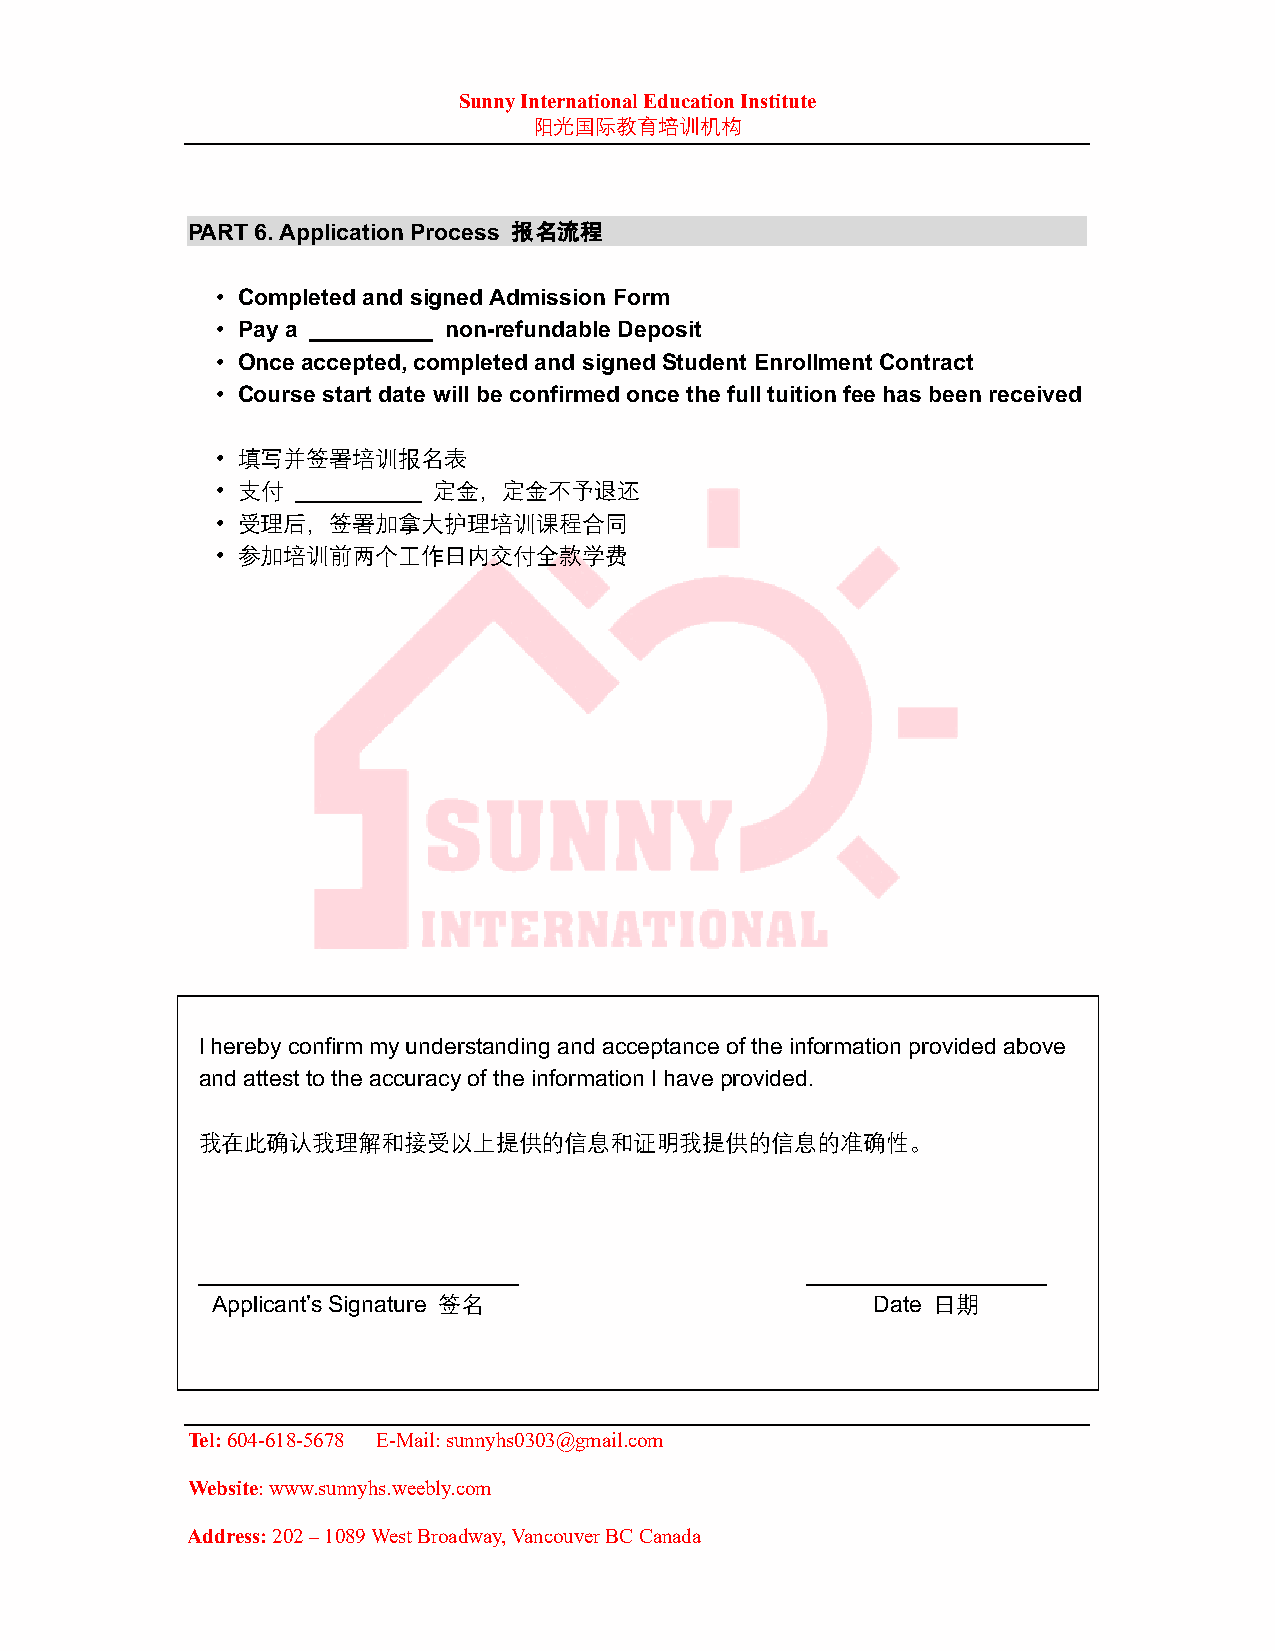
Sunny International Education Institute
 阳光国际教育培训机构
 PART 6. Application Process 报名流程
 • Completed and signed Admission Form
 • Pay a        non-refundable Deposit
 • Once accepted, completed and signed Student Enrollment Contract
 • Course start date will be confirmed once the full tuition fee has been received
 • 填写并签署培训报名表
 • 支付           定金，定金不予退还
 • 受理后，签署加拿大护理培训课程合同
 • 参加培训前两个工作日内交付全款学费
 I hereby confirm my understanding and acceptance of the information provided above
 and attest to the accuracy of the information I have provided.
 我在此确认我理解和接受以上提供的信息和证明我提供的信息的准确性。
 Applicant’s Signature 签名                    Date 日期
 Tel: 604-618-5678 E-Mail: sunnyhs0303@gmail.com
 Website: www.sunnyhs.weebly.com
 Address: 202 – 1089 West Broadway, Vancouver BC Canada